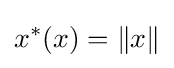
x^{*}(x)=\|x\|